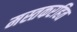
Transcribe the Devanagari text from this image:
मस्तकरहित